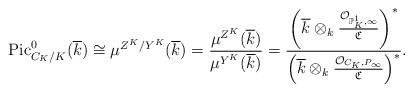
LaTeX: \begin{align*}\textrm{ Pic}^0_{C_{K}/K}(\overline{k})\cong \mu^{Z^K/Y^K}(\overline{k})=\frac{\mu^{Z^K}(\overline{k})}{\mu^{Y^K}(\overline{k})}=\dfrac{\left(\overline{k} \otimes_k \frac{\mathcal{O}_{\mathbb{P}^1_{K}, \infty}}{\mathfrak{C}}\right)^*}{\left(\overline{k} \otimes_k \frac{\mathcal{O}_{C_K, P_\infty}}{\mathfrak{C}}\right)^*}.\end{align*}